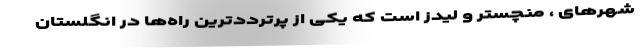
شهرهای ، منچستر و لیدز است که یکی از پرترددترین راه‌ها در انگلستان